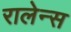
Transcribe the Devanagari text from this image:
रालेन्स